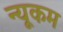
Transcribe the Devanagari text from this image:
न्यूकम